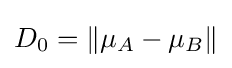
D_{0}=\|\mu _{A}-\mu _{B}\|